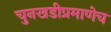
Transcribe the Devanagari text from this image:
चुनखडीप्रमाणेच